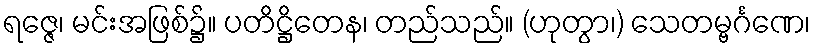
ရဇ္ဇေ၊ မင်းအဖြစ်၌။ ပတိဋ္ဌိတေန၊ တည်သည်။ (ဟုတွာ၊) သေတမ္ဗင်္ဂဏေ၊